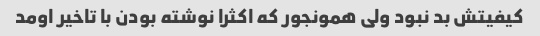
کیفیتش بد نبود ولی همونجور که اکثرا نوشته بودن با تاخیر اومد